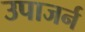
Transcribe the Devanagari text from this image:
उपाजर्न